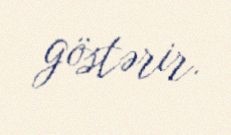
göstərir.